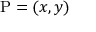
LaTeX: \mathrm { P } = ( x , y )